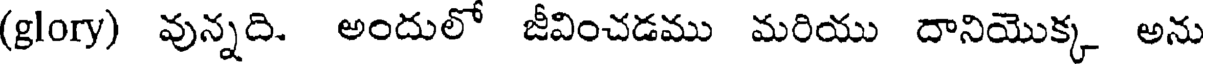
(glory) వున్నది. అందులో జీవించడము మరియు దానియొక్క అను